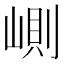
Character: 𡺢